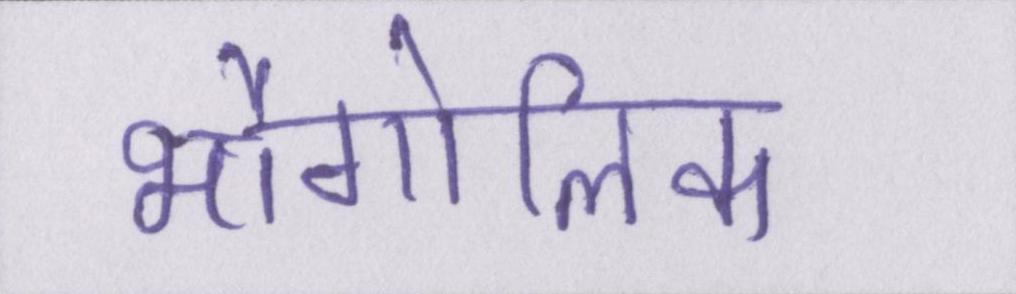
भौगोलिक